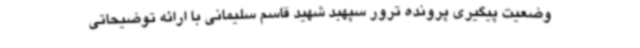
وضعیت پیگیری پرونده ترور سپهبد شهید قاسم سلیمانی با ارائه توضیحاتی